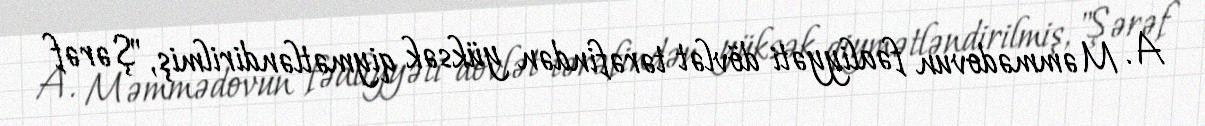
A. Məmmədovun fəaliyyəti dövlət tərəfindən yüksək qiymətləndirilmiş, "Şərəf